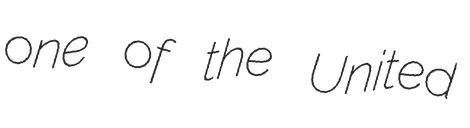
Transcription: one of the United